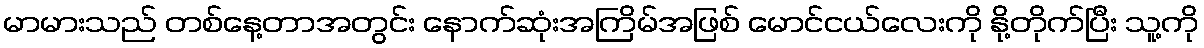
မာမားသည် တစ်နေ့တာအတွင်း နောက်ဆုံးအကြိမ်အဖြစ် မောင်ငယ်လေးကို နို့တိုက်ပြီး သူ့ကို